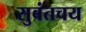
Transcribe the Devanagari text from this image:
सुबंतचय